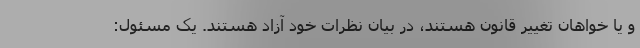
و یا خواهان تغییر قانون هستند، در بیان نظرات خود آزاد هستند. یک مسئول: